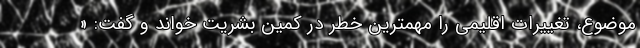
موضوع، تغییرات اقلیمی را مهمترین خطر در کمین بشریت خواند و گفت: «